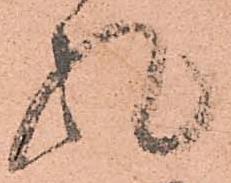
礼